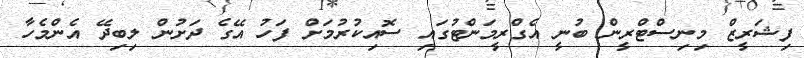
ފިޝަރީޒް މިނިސްޓްރީން ބުނީ އެގްރީމަންޓުގައި ސޮއިކުރުމަށް ފަހު އޭގެ ދަށުން ލިބިދޭ އެންމެހާ